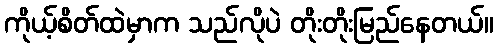
ကိုယ့်စိတ်ထဲမှာက သည်လိုပဲ တိုးတိုးမြည်နေတယ်။